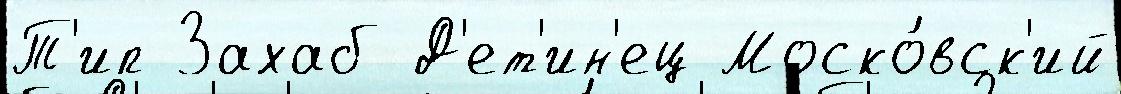
Т'ип Захаб Д'ет'ин'ец Моско́вск'ий